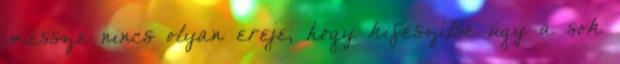
messze nincs olyan ereje, hogy kifeszítse úgy a sok